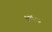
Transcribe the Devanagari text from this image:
१७६०३